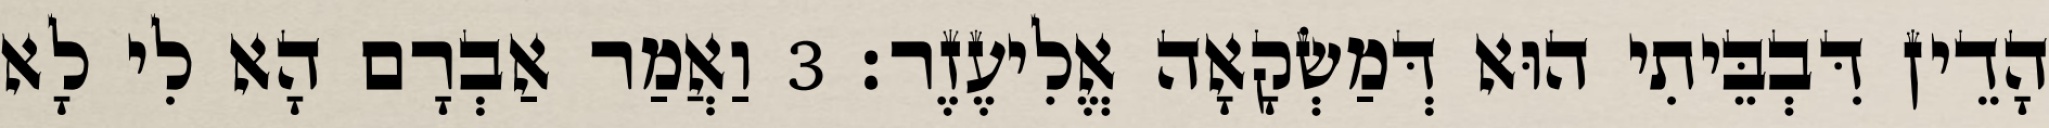
הָדֵין דִּבְבֵּיתִי הוּא דְּמַשְׂקָאָה אֱלִיעֶזֶר׃ 3 וַאֲמַר אַבְרָם הָא לִי לָא